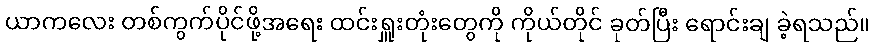
ယာကလေး တစ်ကွက်ပိုင်ဖို့အရေး ထင်းရှူးတုံးတွေကို ကိုယ်တိုင် ခုတ်ပြီး ရောင်းချ ခဲ့ရသည်။